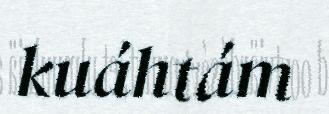
kuáhtám